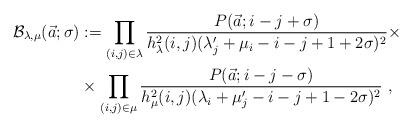
LaTeX: \begin{align*}{\mathcal B}_{\lambda, \mu}(\vec a;\sigma)&:=\prod_{(i,j)\in \lambda}\frac{P(\vec a; i-j+\sigma)}{h_{\lambda}^2(i,j)(\lambda'_j+\mu_i-i-j+1+2\sigma)^2}\times\\&\times \prod_{(i,j)\in \mu}\frac{P(\vec a; i-j-\sigma)}{h_{\mu}^2(i,j)(\lambda_i+\mu'_j-i-j+1-2\sigma)^2}\ ,\end{align*}